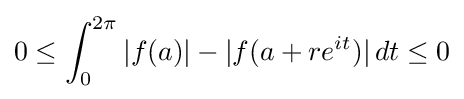
0\leq \int _{0}^{2\pi }|f(a)|-|f(a+re^{it})|\,dt\leq 0